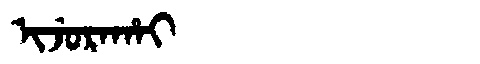
Manchu: ᡳᠵᡠᡵᠠᡥᠠᡳ
Romanization: IJURAHAI